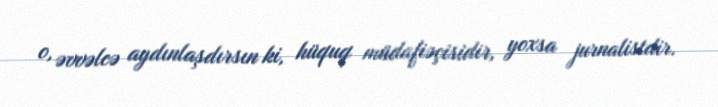
o, əvvəlcə aydınlaşdırsın ki, hüquq müdafiəçisidir, yoxsa jurnalistdir.